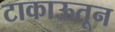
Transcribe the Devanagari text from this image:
टाकाऊतून